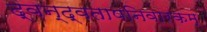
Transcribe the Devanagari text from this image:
द्वन्द्वतापनिवारकम्